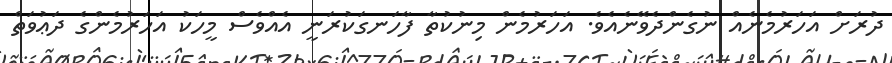
ދުރަށް އަހަރުމެނެއް ނުގެންދެވޭނެއެވެ. އަހަރުމެން މިނުކުތާ ފާހަނގަކުރަނީ އެއްވެސް މީހަކު އަހަރުމެންގެ ދަޢުވަތް